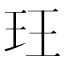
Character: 玨